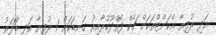
އަދި ރުފިޔާ އެކަންޓްތަކަށް ޗެކް ފޮތްދޫކުރާއިރު ގަނޑަކަށް 1 ރުފިޔާ އަދި ޑޮަލަރު